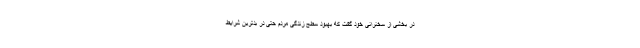
در بخشی از سخنرانی خود گفت که بهبود سطح زندگی مردم حتی در بدترین شرایط